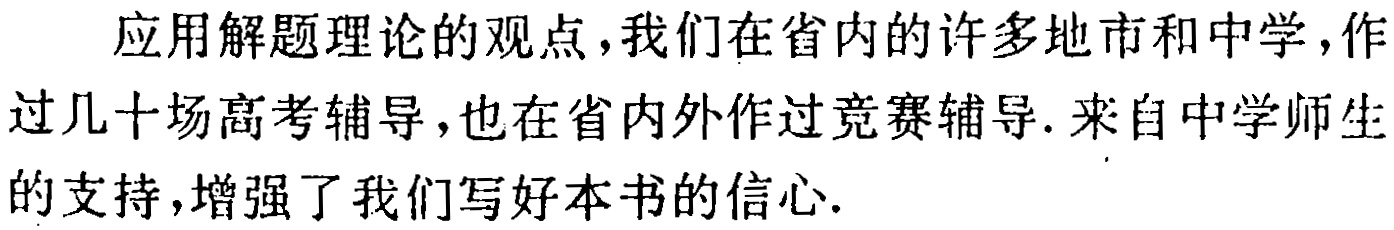
应用解题理论的观点，我们在省内的许多地市和中学，作过几十场高考辅导，也在省内外作过竞赛辅导. 来自中学师生的支持，增强了我们写好本书的信心.